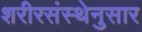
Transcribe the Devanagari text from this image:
शरीरसंस्थेनुसार